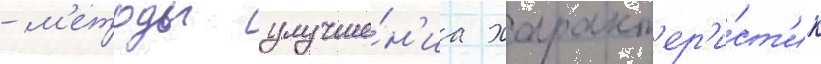
- м'етоды улучше́н'иа характ'ер'и́ст'ик